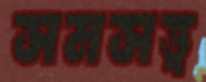
সমসত্ত্ব